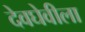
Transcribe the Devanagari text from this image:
देवघेवीला